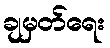
ချမှတ်ရေး